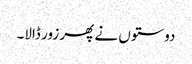
دوستوں نے پھر زور ڈالا۔